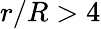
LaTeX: r/R>4